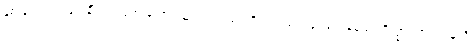
နှစ် ပေါင်း ရာနှင့် ချီ၍ တရုတ် တောင်သူလယ်သမားတို့အား ပြဿနာ ပေးခဲ့သော ရိက္ခာပြတ်လပ်မှုကို